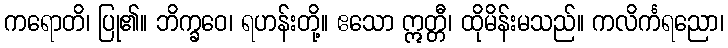
ကရောတိ၊ ပြု၏။ ဘိက္ခဝေ၊ ရဟန်းတို့။ ဧသော ဣတ္တီ၊ ထိုမိန်းမသည်။ ကလိင်္ကရညော၊